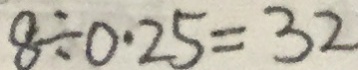
8 \div 0 . 2 5 = 3 2